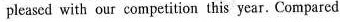
pleased with our competition this year. Compared